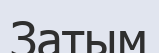
Затым